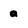
Character: a